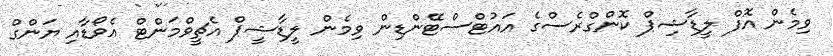
ވިމެން އޮފް ލީޑާޝިޕް ކޮންގްރެސްގެ އައުޓްސްޓޭންޑިން ވިމެން ލީޑާޝީޕް އެޗީވްމަންޓް އެވޯޑާއި ޔަންގް